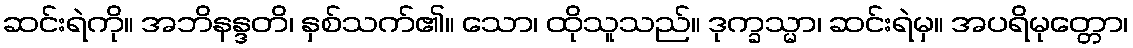
ဆင်းရဲကို။ အဘိနန္ဒတိ၊ နှစ်သက်၏။ သော၊ ထိုသူသည်။ ဒုက္ခသ္မာ၊ ဆင်းရဲမှ။ အပရိမုတ္တော၊